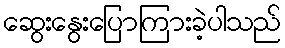
ဆွေးနွေးပြောကြားခဲ့ပါသည်